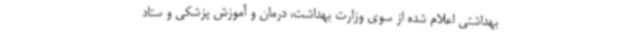
بهداشتی اعلام شده از سوی وزارت بهداشت، درمان و آموزش پزشکی و ستاد